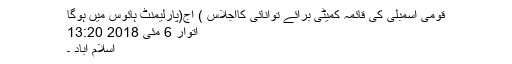
قومی اسمبلی کی قائمہ کمیٹی برائے توانائی کااجلاس ) آج(پارلیمنٹ ہائوس میں ہوگا
اتوار 6 مئی 2018 13:20
اسلام آباد ۔